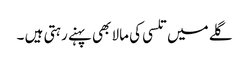
گلے میں تلسی کی مالا بھی پہنے رہتی ہیں ۔